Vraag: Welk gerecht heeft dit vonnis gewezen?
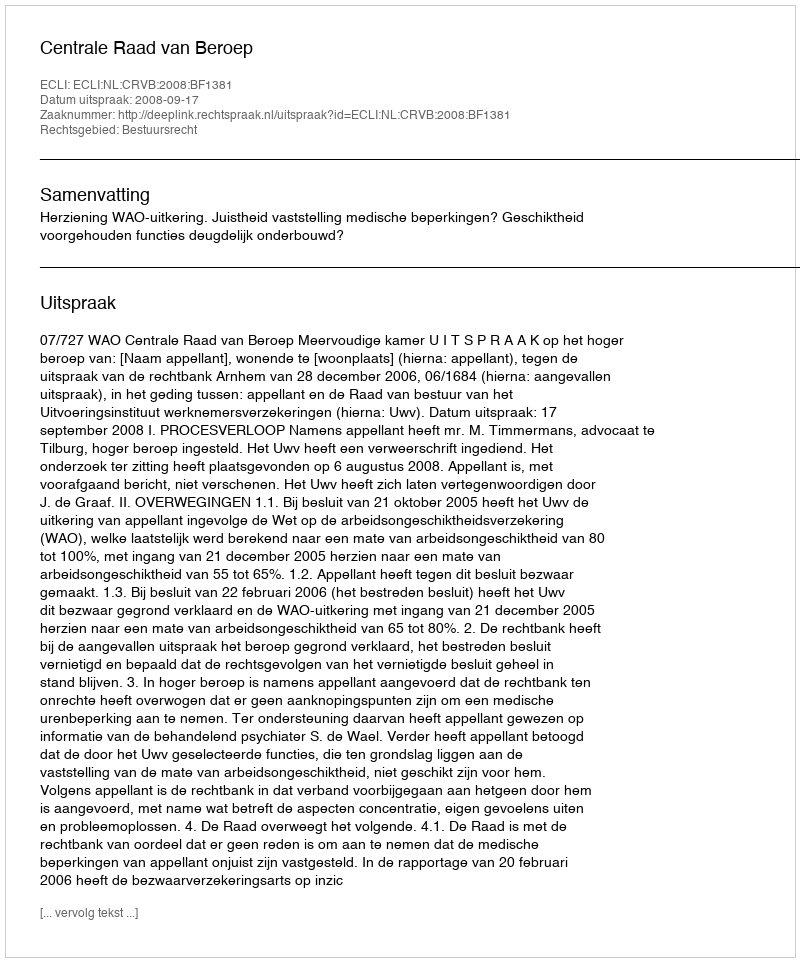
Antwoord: Centrale Raad van Beroep